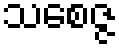
သစေဇ္ဇ